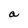
Character: a